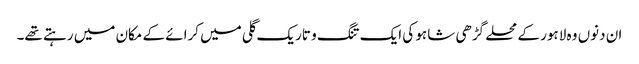
ان دنوں وہ لاہور کے محلے گڑھی شاہو کی ایک تنگ و تاریک گلی میں کرائے کے مکان میں رہتے تھے۔